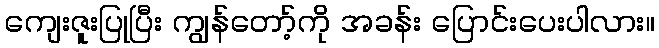
ကျေးဇူးပြုပြီး ကျွန်တော့်ကို အခန်း ပြောင်းပေးပါလား။